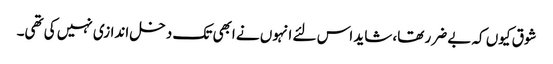
شوق کیوں کہ بے ضرر تھا، شاید اس لئے انہوں نے ابھی تک دخل اندازی نہیں کی تھی۔